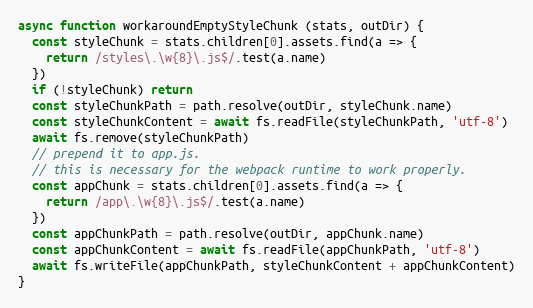
Language: JavaScript
async function workaroundEmptyStyleChunk (stats, outDir) {
  const styleChunk = stats.children[0].assets.find(a => {
    return /styles\.\w{8}\.js$/.test(a.name)
  })
  if (!styleChunk) return
  const styleChunkPath = path.resolve(outDir, styleChunk.name)
  const styleChunkContent = await fs.readFile(styleChunkPath, 'utf-8')
  await fs.remove(styleChunkPath)
  // prepend it to app.js.
  // this is necessary for the webpack runtime to work properly.
  const appChunk = stats.children[0].assets.find(a => {
    return /app\.\w{8}\.js$/.test(a.name)
  })
  const appChunkPath = path.resolve(outDir, appChunk.name)
  const appChunkContent = await fs.readFile(appChunkPath, 'utf-8')
  await fs.writeFile(appChunkPath, styleChunkContent + appChunkContent)
}